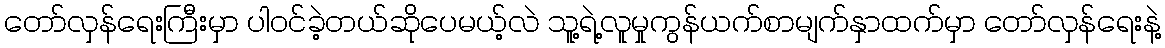
တော်လှန်ရေးကြီးမှာ ပါဝင်ခဲ့တယ်ဆိုပေမယ့်လဲ သူ့ရဲ့လူမှုကွန်ယက်စာမျက်နှာထက်မှာ တော်လှန်ရေးနဲ့